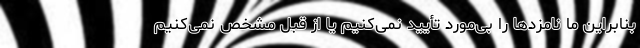
بنابراین ما نامزدها را بی‌مورد تأیید نمی‌کنیم یا از قبل مشخص نمی‌کنیم